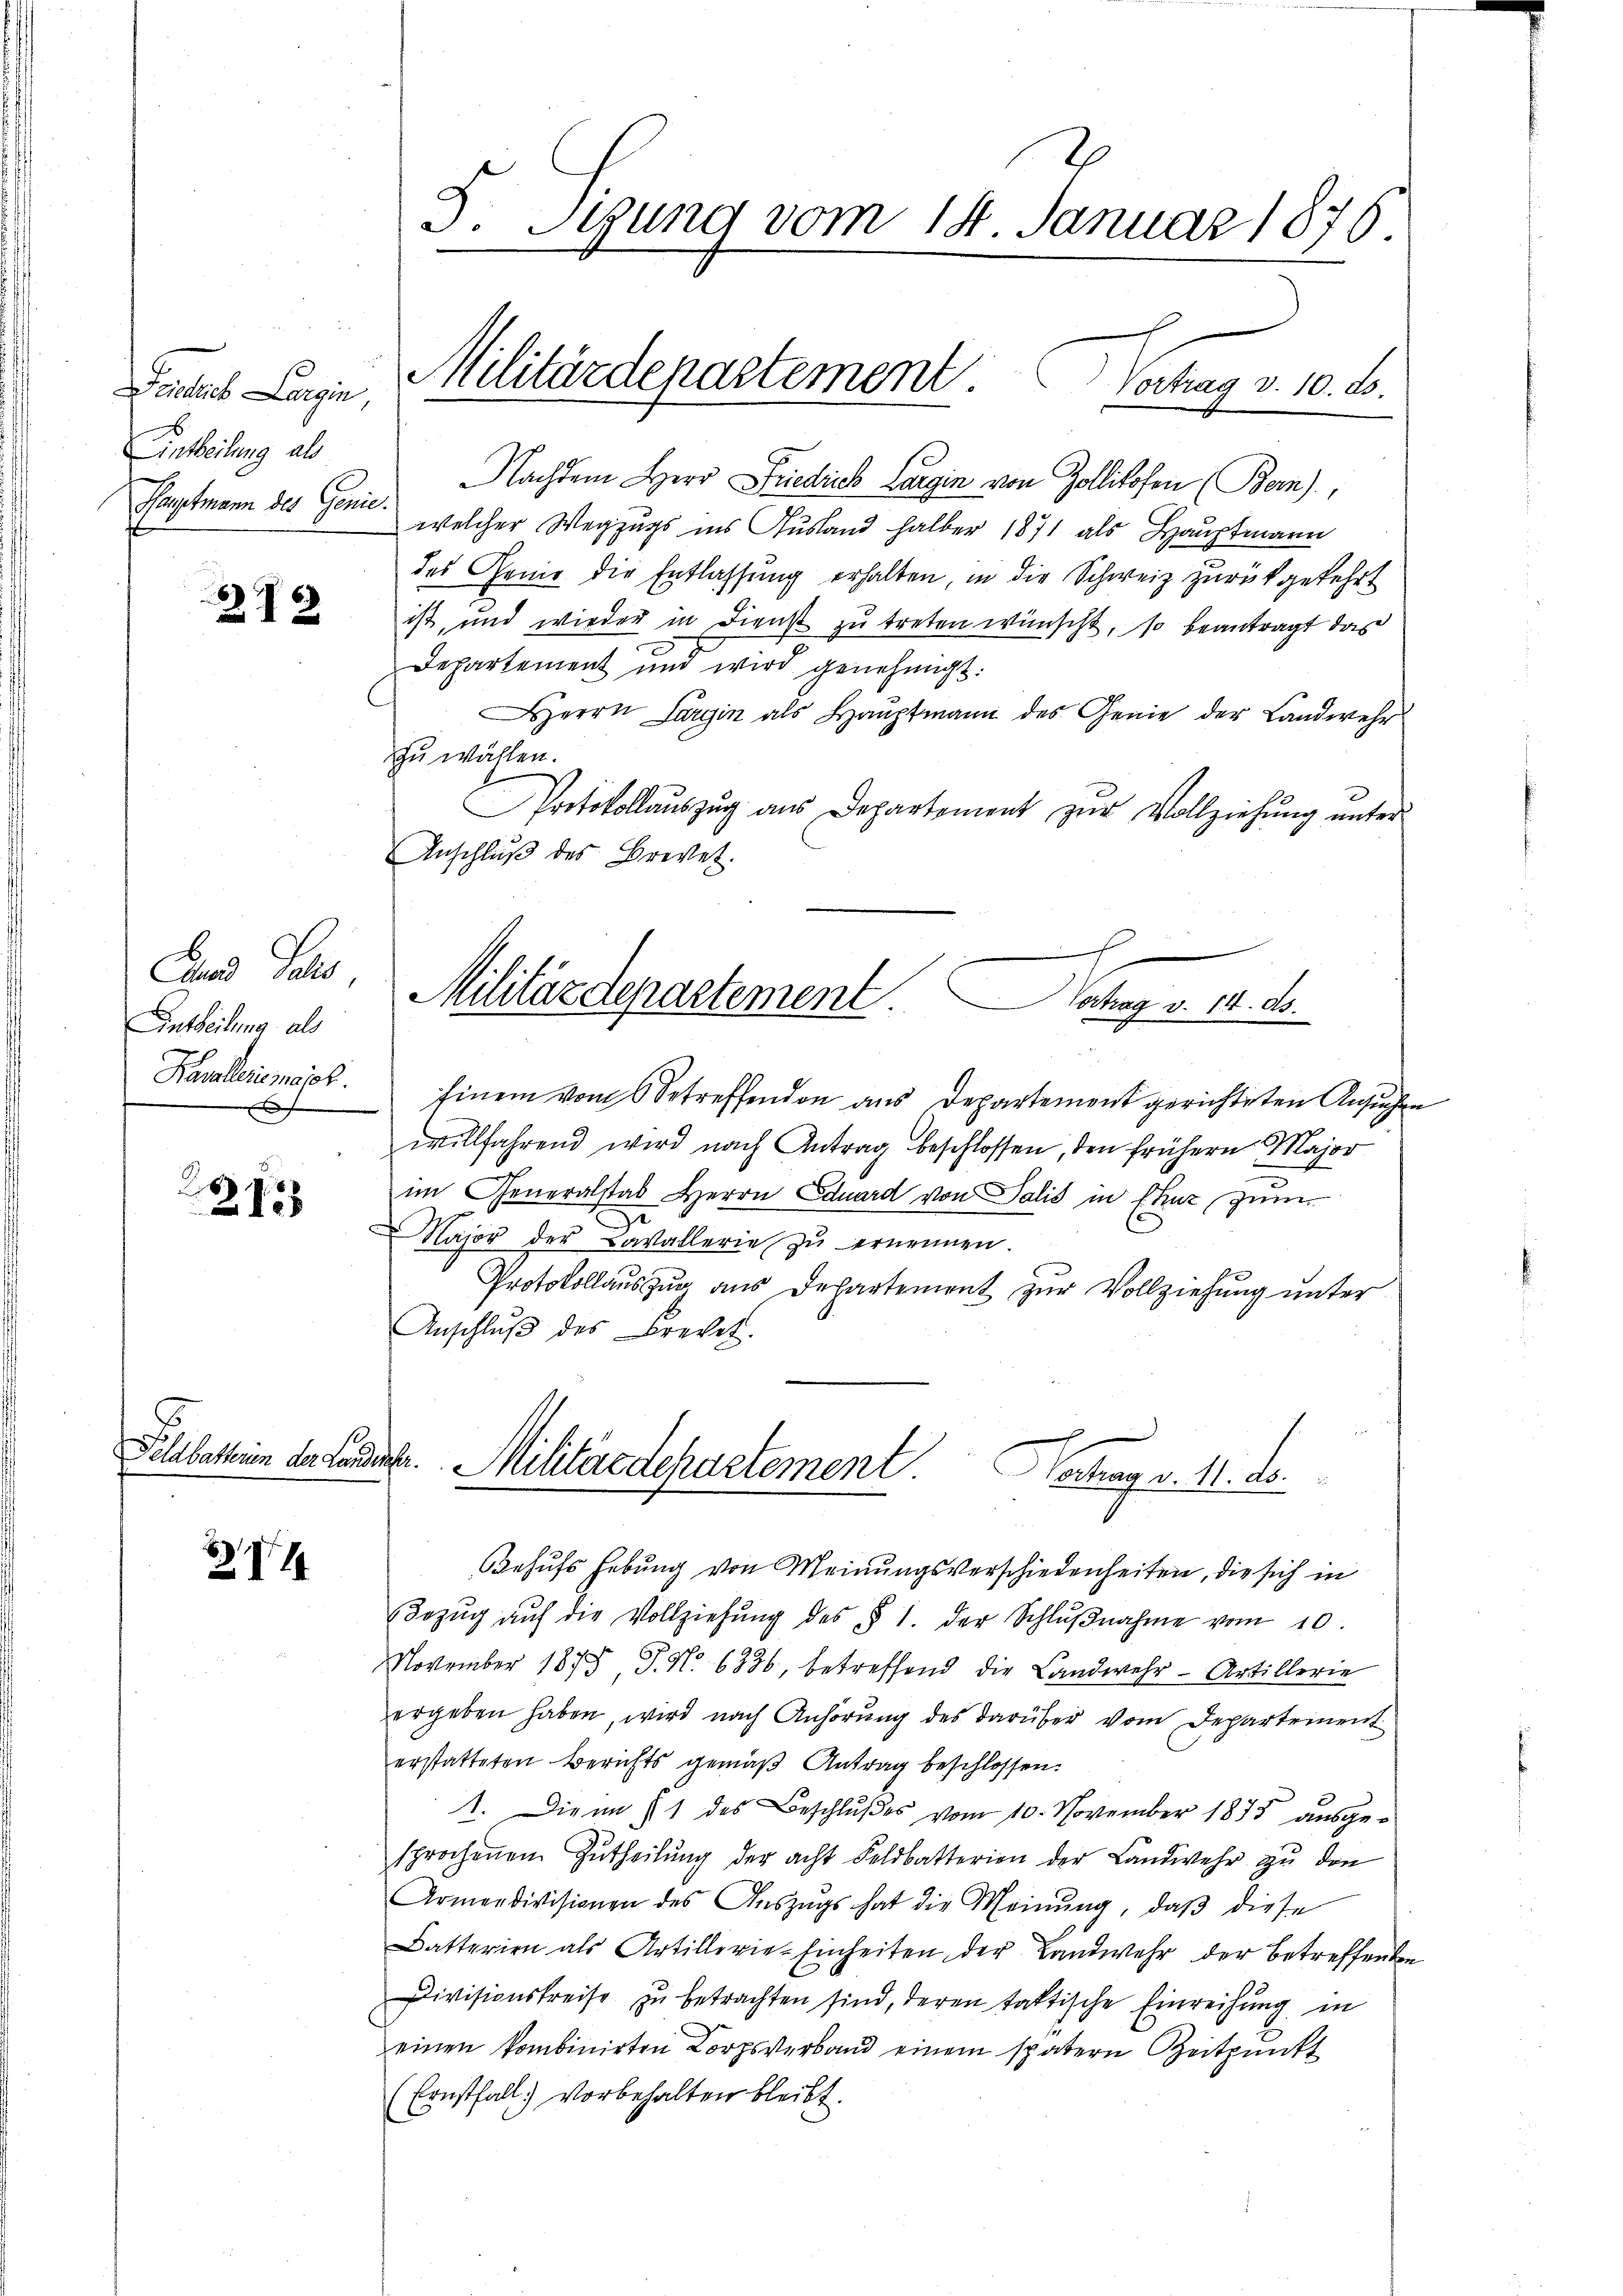
Factus Cazin,
Antheilung als
Hauptmann des Genie

272

Lund Jelis,
Eintheilung als
Kavalleine majes

215

ZV 1

F. Sigung vom 14. Januar 1876.

Militärdepartement. Vortrag v. 10. d.

Nachdem Herr Friedich Largin von Zollikofen (Bern),
welcher Wegzugs ins Ausland halber 1871 als Hauptmann
des Geme die Entlassung erhalten, in die Schweiz zurückgekehrt
ist, und wieder in Dienst zu treten wünscht, so beantragt das
Departement und wird genehmigt.
Herrn Sargin als Haŭptmann des Genie der Landwehr
zu wällen.
Protokollaŭszŭg aŭs Departement zŭr Vollziehung unter
Anschlŭβ des Brevet.
Einem vom Betreffenden aus Departement gerichteten Ansuchen
willfahrend wird nach Antrag beschlossen, den frühern Major
im Generalstab Herrn Eduard von Salis in Ehnz, zum
Kajor der Cavallerie zu ernennen.
Protokollaus zur aus Departement zur Vollziehung unter
Anschlŭβ des Brevet.
Felebattin der Landschr. Militärdepartement. Vertrag v. M. ds.
Behufs Hebung von Meinungsverschiedenheiten, die sich in
Bezŭg aŭf die Vollziehŭng des § 1. der Schlŭβnahme vom 10.
November 1875 P. N. 6336, betreffend die Landwehr-Artillerie
ergeben haben, wird nach Anhörung des darüber vom Departement
erstatteten Berichts gemäß Antrag beschlossen.
1. Die im 11 des Beschlußes vom 10. November 1875 ausgesprochenen Zŭtheilŭng der acht Feldbatterien der Landwehr zŭ den
Armendivisionen des Aŭszŭgs hat die Meinŭng, daβ diese
Batterien als Artillerie-Einheiten der Landwehr der Betreffenten
Divisionskreise zu betrachten sind, deren taktische Einreihung in
einen kombinirten Corpsverband einem spätern Zeitpunkt
(Ernstfall vorbehalten bleibt.

Militärdepartement.
Vortrag v. 14. ds.